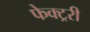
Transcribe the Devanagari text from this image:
फेक्ट्ररी